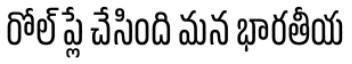
రోల్ ప్లే చేసింది మన భారతీయ